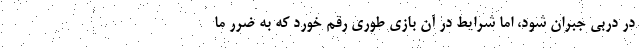
در دربی جبران شود، اما شرایط در آن بازی طوری رقم خورد که به ضرر ما